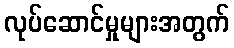
လုပ်ဆောင်မှုများအတွက်